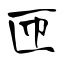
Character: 匝